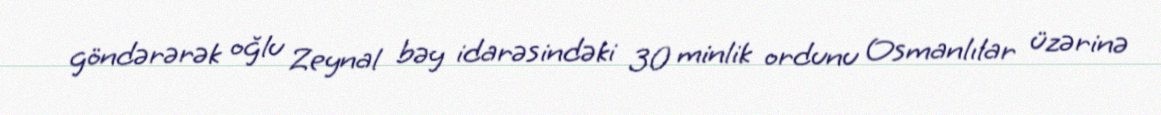
göndərərək oğlu Zeynal bəy idarəsindəki 30 minlik ordunu Osmanlılar üzərinə